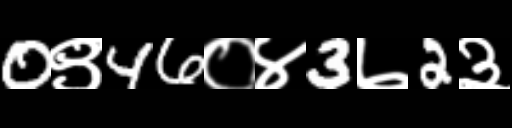
Text: 0९46०४3७2३